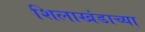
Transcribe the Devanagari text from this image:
शिलाखंडाच्या